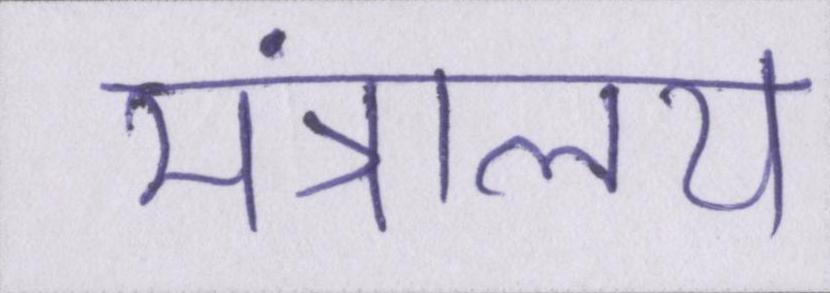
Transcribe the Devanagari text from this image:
मंत्रालय